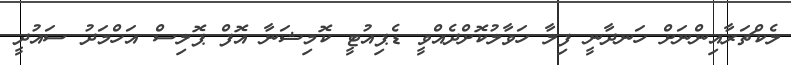
ލެކްޗަރާއިންނަށް ހަނދާނީ ފިލާ ހަވާލުކޮށްދެއްވީ ޑެޕިއުޓީ ކޮމިޝަނާ އޮފް ޕޮލިސް އަހްމަދު ސައުދީ